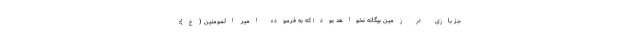
جز بازی در زمین بیگانه نخواهد بود؛ که به فرموده امیر المومنین (ع):